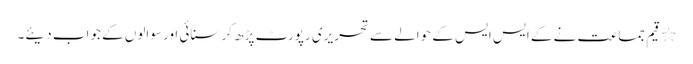
٭	قیم جماعت نے کے ایس ایس کے حوالے سے تحریری رپورٹ پڑھ کر سنائی اور سوالوں کے جواب دیئے۔